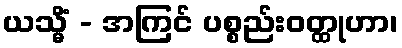
ယသ္မိံ - အကြင် ပစ္စည်းဝတ္ထုဟာ၊